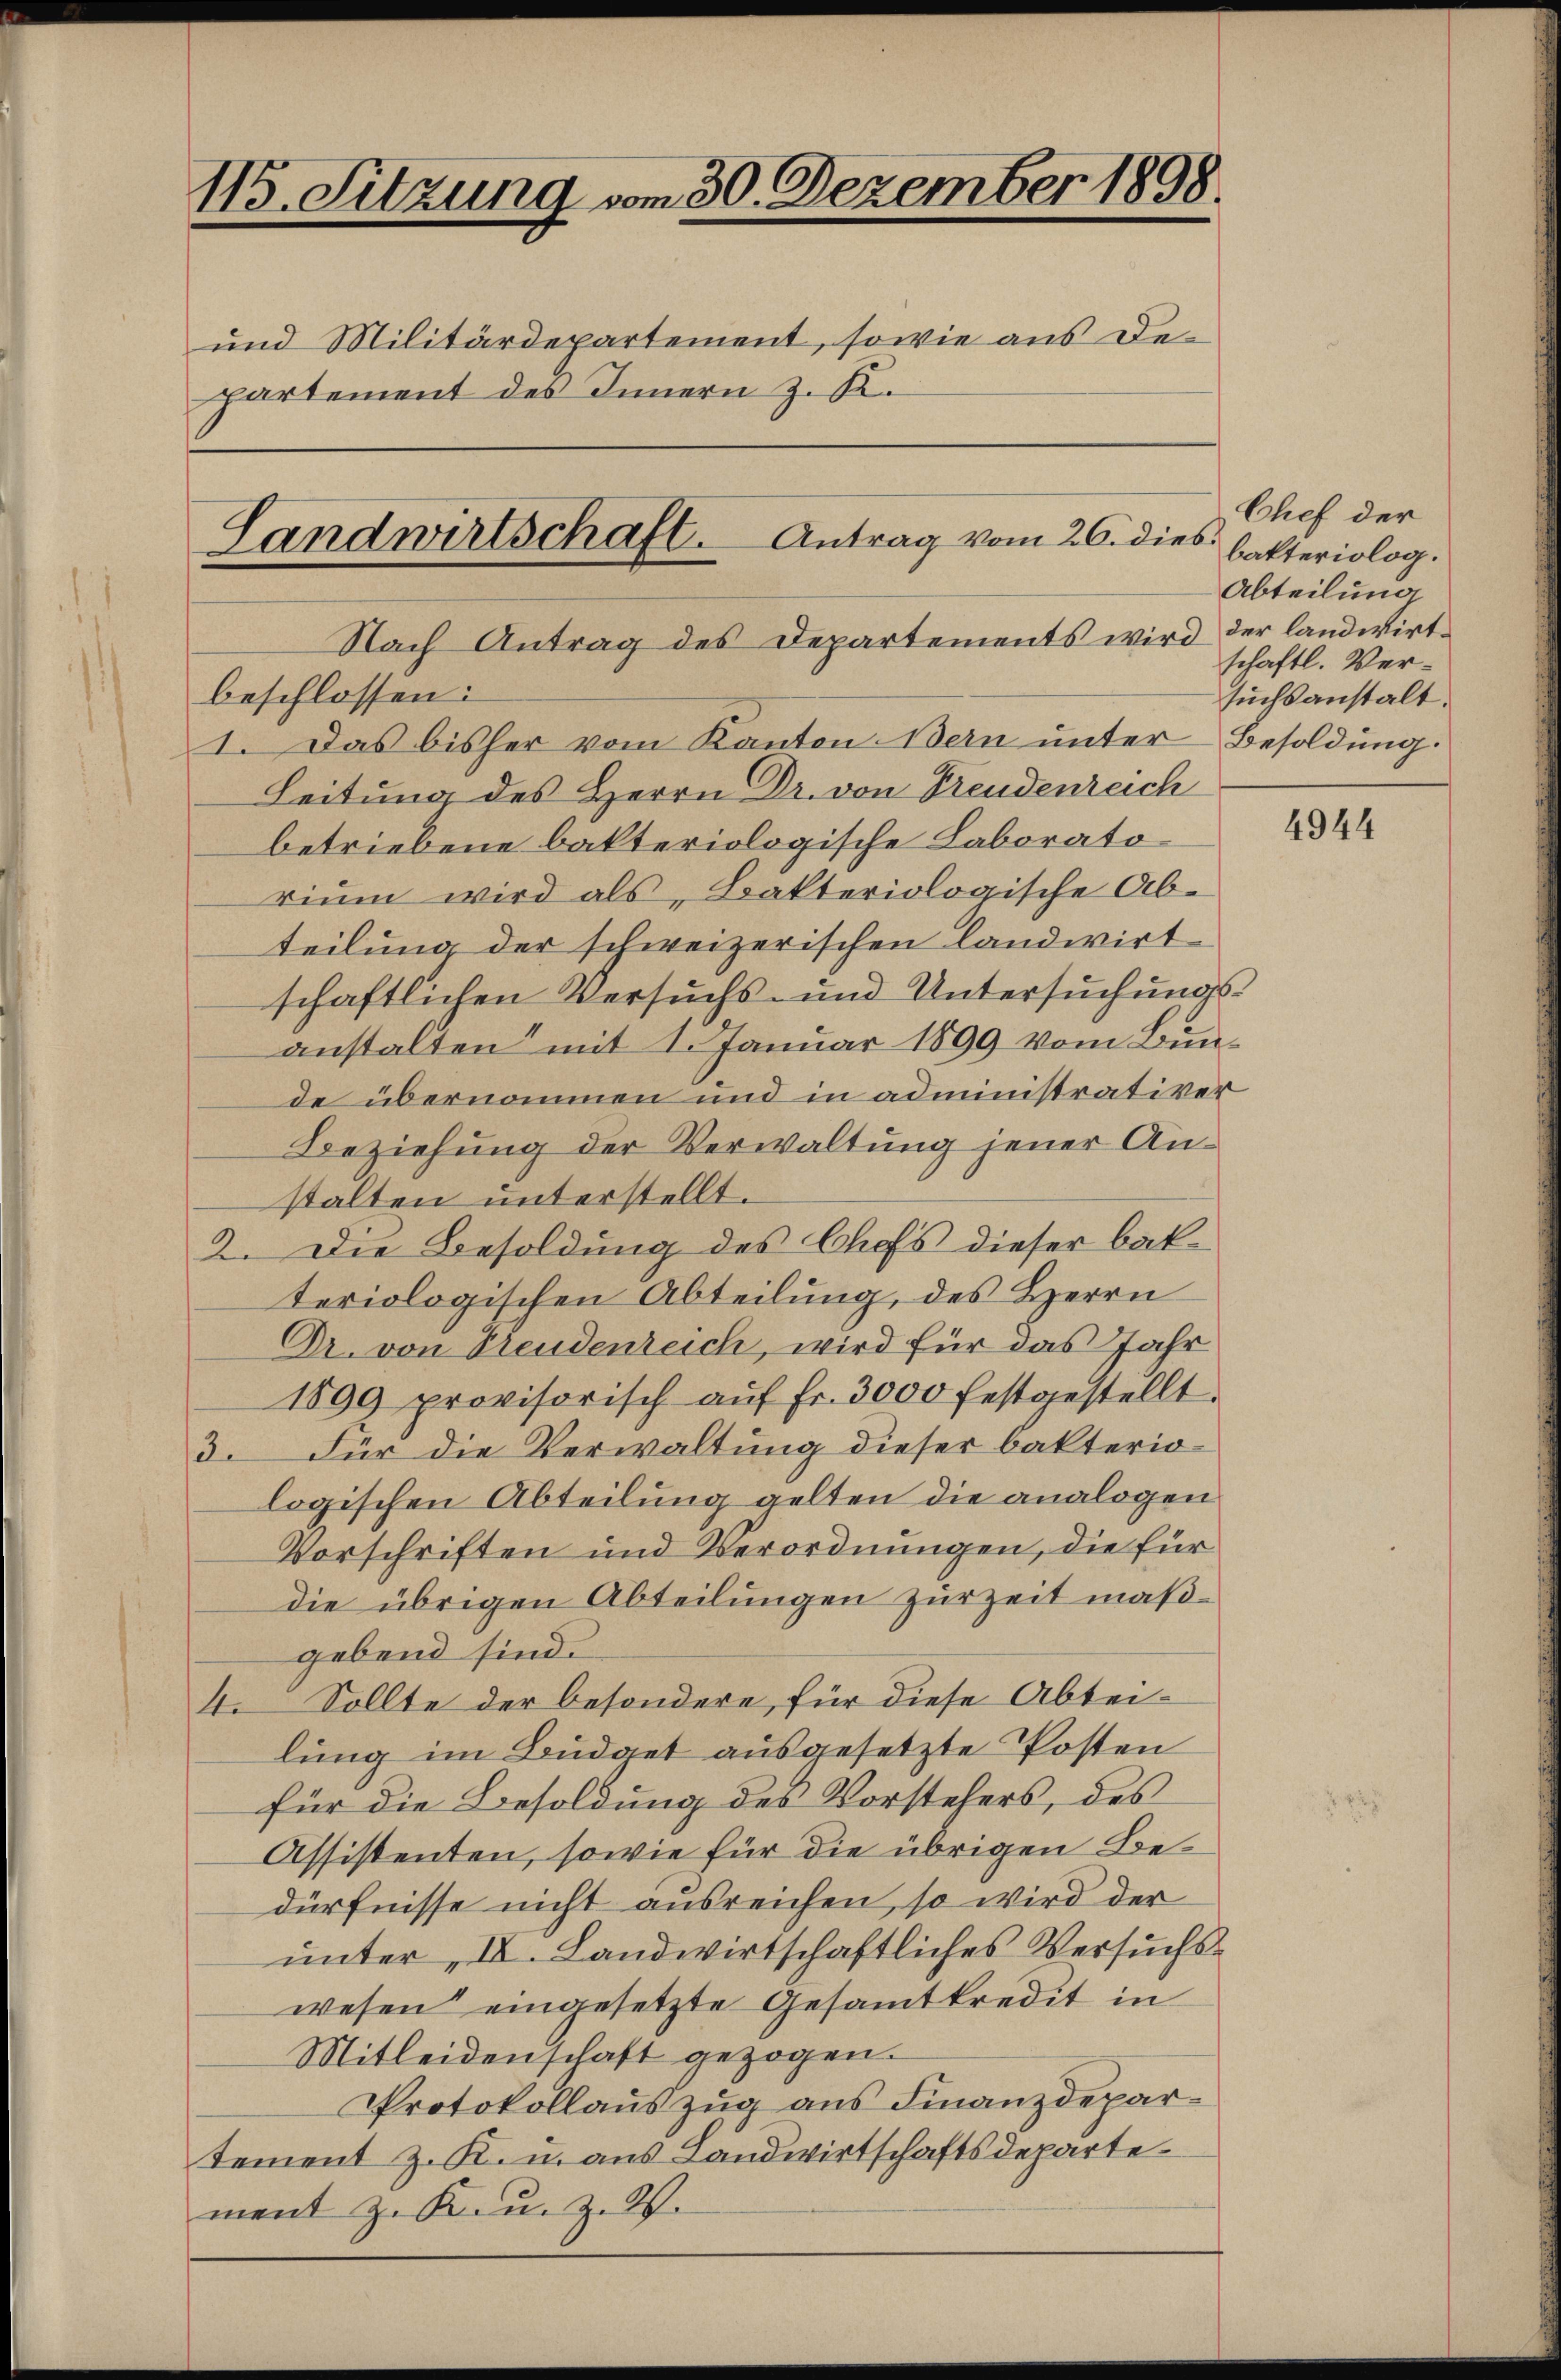
115. Sitzung vom 30. Dezember 1898.
und Militärdepartement, sowie aus Departement des Innern z. K.

Landwirtschaft. Antrag vom 26. dies
Nach Antrag des Departements wird der landwirtbeschlossen:
1. Das bisher vom Kanton. Bern unter Besoldung.

Leitung des Herrn Dr. von Freudenreich
betriebene bakteriologische Laboratorium wird als Bakteriologische Abteilung der schweizerischen landwirt
schaftlichen Versuchs- und Untersuchungsanstalten mit 1. Januar 1899 vom Bunde übernommen und in administrativer
Beziehung der Verwaltung jener Anstalten unterstellt.
2. Die Besoldung des Chefs dieser bakteriologischen Abteilung, des Herrn
Dr. von Freudenzeich, wird für das Jahr
1899 provisorisch aŭf fr. 3000 festgestellt.
3. Für die Verwaltung dieser bakteriologischen Abteilung gelten die analogen
Vorschriften und Verordnungen, die für
die übrigen Abteilungen zur Zeit maßgebend sind.
4. Sollte der besondere, für diese Abteilung im Büdget ausgesetzte Posten
für die Besoldung des Vorstehers, des
Assistenten, sowie für die übrigen Bedürfnisse nicht ausreichen, so wird der
unter IV. Landwirtschaftliches Versuchswesen eingesetzte Gesamtkredit in
Mitleidenschaft gezogen.
Protokollauszug aus Finanzdepartement z. K. u. aus Landwirtschaftsdeparte
ment z. K. Z. W.

Chef der
bakteriolog.
Abteilung
schaftl. Versuchsanstalt.

4944